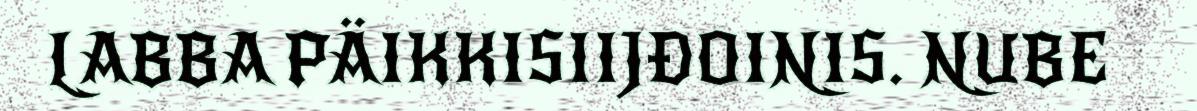
LABBA PÄIKKISIIJĐOINIS. NUBE